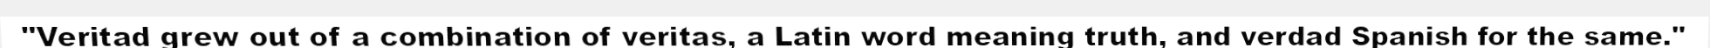
"Veritad grew out of a combination of veritas, a Latin word meaning truth, and verdad Spanish for the same."